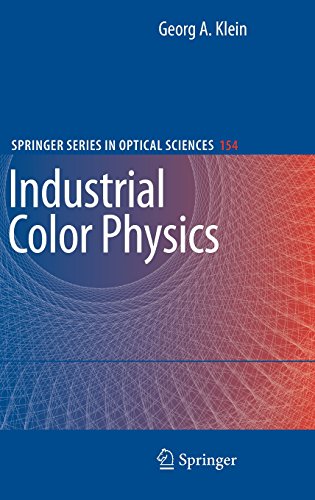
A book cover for Industrial Color Physics (Springer Series in Optical Sciences); Georg A. Klein; Science & Math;